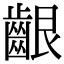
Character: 齦